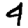
Digit: 4